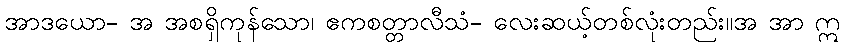
အာဒယော- အ အစရှိကုန်သော၊ ဧကစတ္တာလီသံ- လေးဆယ့်တစ်လုံးတည်း။အ အာ ဣ